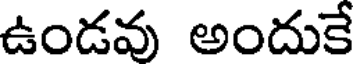
ఉండవు అందుకే